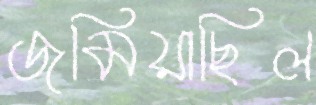
জমিয়াছিল